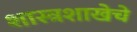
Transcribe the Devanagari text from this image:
शास्त्रशाखेचे